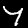
Label: 7